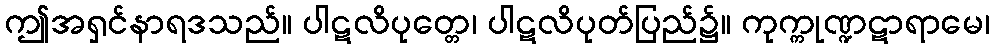
ဤအရှင်နာရဒသည်။ ပါဋလိပုတ္တေ၊ ပါဋလိပုတ်ပြည်၌။ ကုက္ကုဏ္ဍဋာရာမေ၊